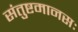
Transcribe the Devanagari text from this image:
संतुष्टमानसः